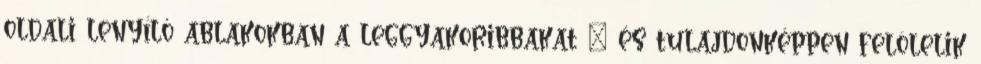
oldali lenyíló ablakokban a leggyakoribbakat – és tulajdonképpen felölelik